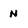
Character: n